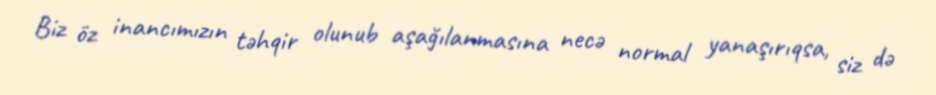
Biz öz inancımızın təhqir olunub aşağılanmasına necə normal yanaşırıqsa, siz də